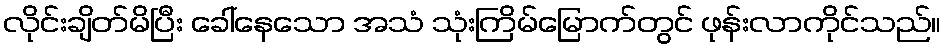
လိုင်းချိတ်မိပြီး ခေါ်နေသော အသံ သုံးကြိမ်မြောက်တွင် ဖုန်းလာကိုင်သည်။